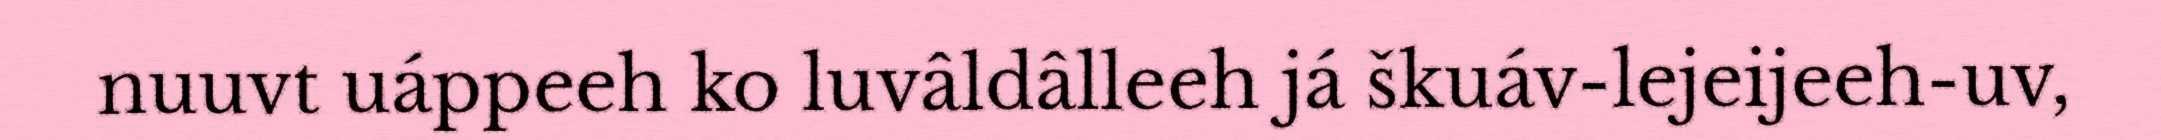
nuuvt uáppeeh ko luvâldâlleeh já škuáv-lejeijeeh-uv,